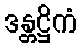
ဒန္တဋ္ဌိကံ